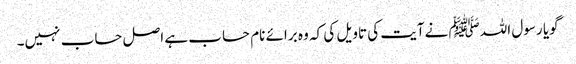
گویا رسول اللہﷺ نےآیت کی تاویل کی کہ وہ برائے نام حساب ہے اصل حساب نہیں۔